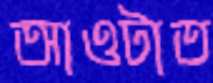
আওটাত